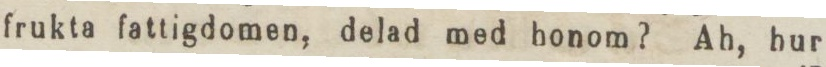
frukta fattigdomen, delad med honom? Ah, hur